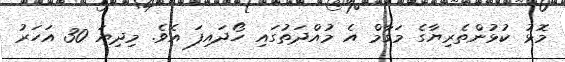
މޮޅު ކުޅުންތެރިޔާގެ މަގާމް އެ މުއްދަތުގައި ހޯދައިފަ އެވެ. މިދިޔަ 30 އަހަރު